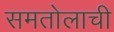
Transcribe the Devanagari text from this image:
समतोलाची